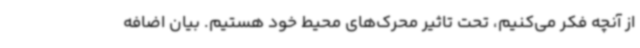
از آنچه فکر می‌کنیم، تحت تاثیر محرک‌های محیط خود هستیم. بیان اضافه